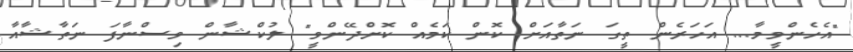
"އެހެންވީމާ... އަހަރެން ތީގަ ނަތާއަށް ކޮން ކަމެއް ކޮށްދޭންވީ" ލުކްޝާން ވިސްނާފަ ނަތާޝާއާ